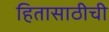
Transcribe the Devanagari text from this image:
हितासाठीची